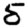
Digit: 5